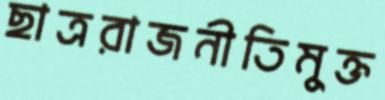
ছাত্ররাজনীতিমুক্ত